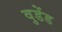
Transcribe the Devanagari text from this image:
वुडेंड